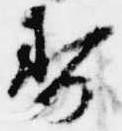
寿